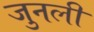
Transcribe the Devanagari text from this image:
जुनली